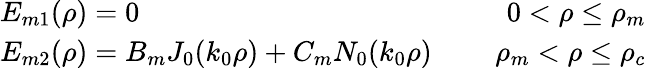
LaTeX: \begin{array}{r}{\begin{array}{lcr}{E_{m1}(\rho)=0}&{\mathrm{~}}&{0<\rho\leq\rho_{m}}\\ {E_{m2}(\rho)=B_{m}J_{0}(k_{0}\rho)+C_{m}N_{0}(k_{0}\rho)}&{\mathrm{~}}&{\rho_{m}<\rho\leq\rho_{c}}\end{array}}\end{array}